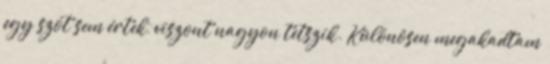
egy szót sem értek, viszont nagyon tetszik. Különösen megakadtam